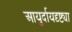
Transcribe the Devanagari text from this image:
आयुर्दायदृष्ट्या